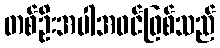
တစ်ဦးအပါအဝင်ဖြစ်သည်